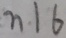
n 1 6